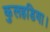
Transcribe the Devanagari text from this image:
कुलहडिया।